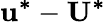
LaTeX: \mathbf{u^{*}}-\mathbf{U^{*}}